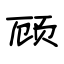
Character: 顾